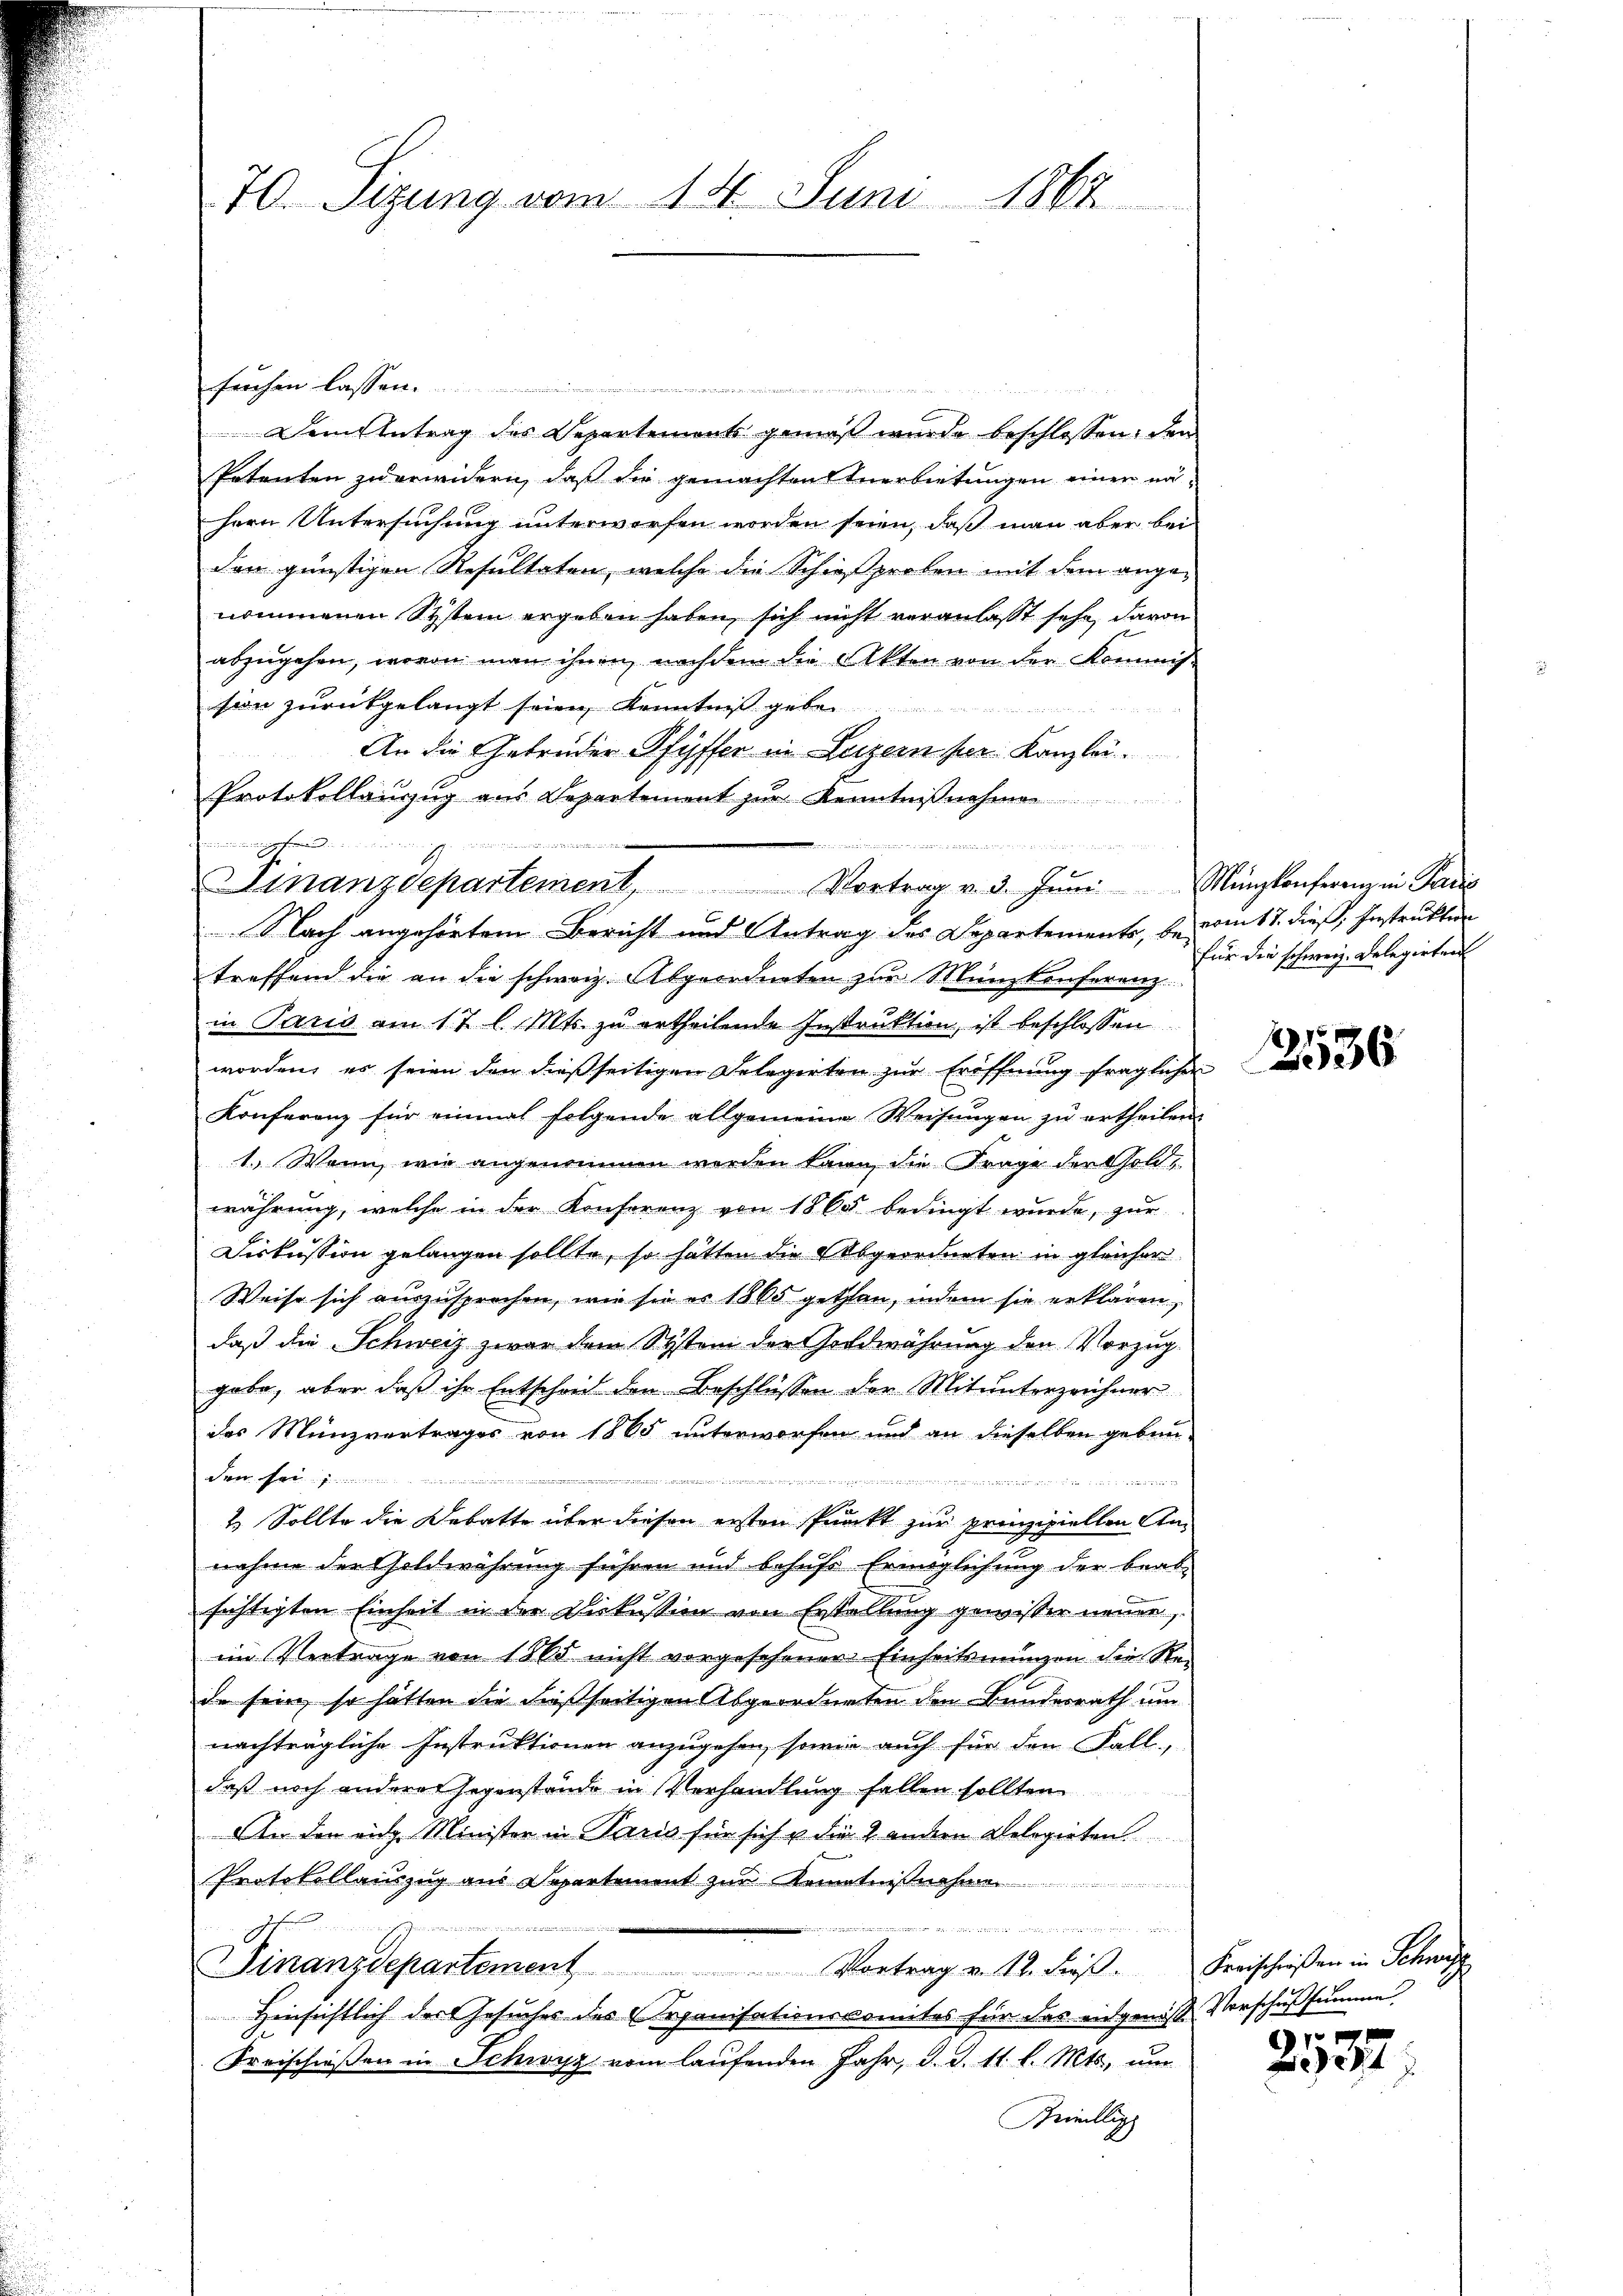
70. Sizung vom 14. Juni 1864

Dem Antrag des Departements gemäß wurde beschlossen: den
Petenten zu erwidern, daß die gemachten Anerbietungen einen nä¬
Hern Untersuchung unterworfen worden seien, daß man aber bei
der günstigen Resultaten, welche die Schießproben mit dem angenommenen Systein ergeben haben, sich nicht veranlasst sehe, davon
abzugehen, wovon man ihnen, nachdem die Akten von der Kommission zurückgelangt seien, Kenntnis gebe
An die Gebrüder Pfyffer in Luzern per Kanzlei.
Protokollauszug aus Departement zur Kenntnißnahmen
treffend die an die schweiz. Abgeordneten zur Münzkonferenz
in Paris am 17 l. Mts. zu ertheilende Instruktion, ist beschlossen
worden, es seien den dießseitigen Delegirten zur Eröffnung fraglichen
Konferenz für einmal folgende allgemeine Weisŭngen zu ertheilen
1. Wenn wie angenommen werden kann, die Frage der Gold-
währung, welche in der Konferenz von 1860 bedingt wurde, zur
Diskussion gelangen sollte, so hatten die Abgeordneten in gleicher
Weise sich auszusprechen, wie sie er 1865 gethan, indem sie erklären,
daß die Schweiz zwar dem System der Goldwährung den Vorzug.
gabe, aber daß ihr Entscheid den Beschlüssen der Mitunterzeichner
des Münzvertrages von 1865 unterworfen und an dieselben geben
den sei;
.
2. Sollte die Debatte über diesen ersten Prackt zur prinzipiellen Annahme der Geldwährung führen und behufs Ermöglichung der beab-
sichtigten Einheit in der Diskussion von Erstellung gewisser neuer,
im Vertrage von 1865 nicht vorgesehener Einheitsmungen die Rede sein, so hätten die dießseitigen Abgeordneten den Bundesrath um
nachträgliche Instruktionen anzugehen, sowie auch für den Fall
daß noch anderer Gegenstände in Verhandlung fallen sollten
An den eidg. Minister in Paris für sich u die 2 andern Belegirten
Protokollauszug aus Departement zur Kenntnisnah
iden Bericht verstate vel der Herr
Finanzdepartement Vortrag v. 12. dieβ. Freischieβen in Schwyz
Hinsichtlich der Gesuches des Organisationskomites für das eidgenoß Vorschußsumme
Freischieβen in Schwyz vom laŭfenden Jahr, d. d. 11. l. Mts. ŭm
Beieillig

früchen lassen.

iminus und die geferen
d

x
Finanzdepartement, Vortrag v. 3. Juni Minplanferenz in Pardis
Nach angehörtem Bericht und Antrag des Departements, be vom 17. dieß, Instrukten

für die schweiz. Delegirten

2536

84